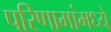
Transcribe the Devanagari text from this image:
परिणामांमध्ये